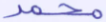
محمد